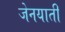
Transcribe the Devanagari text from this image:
जेनयाती